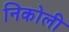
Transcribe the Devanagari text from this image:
निकोली